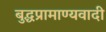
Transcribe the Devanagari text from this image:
बुद्धप्रामाण्यवादी